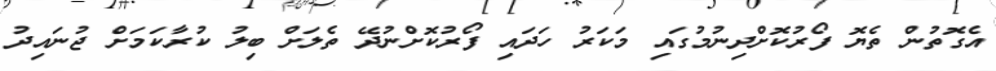
އެގޮތުން ތެޔޮ ފޯރުކޮށްދިނުމުގައި މަކަރު ހަދައި ފޯރުކޮށްނުދޭ ތެލަށް ބިލު ކުރާކަމަށް ޖުނައިދު